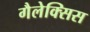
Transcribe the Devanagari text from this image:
गैलेक्सिस